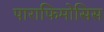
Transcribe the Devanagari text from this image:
पाराफिमोसिस